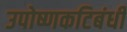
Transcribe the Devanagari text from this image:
उपोष्णकटिबंधी